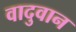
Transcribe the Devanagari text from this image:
वादुवान